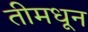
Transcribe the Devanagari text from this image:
तीमधून